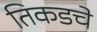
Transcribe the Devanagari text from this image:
तिकडचे